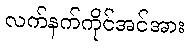
လက်နက်ကိုင်အင်အား